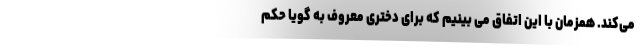
می‌کند. همزمان با این اتفاق می بینیم که برای دختری معروف به گویا حکم